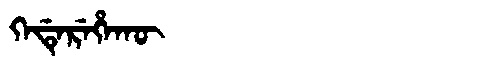
Manchu: ᡴᡝᡩᡝᡵᡝᡥᠠᡴᡡ
Romanization: KEDEREHAKŪ